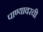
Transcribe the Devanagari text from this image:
पाण्यावरची